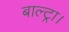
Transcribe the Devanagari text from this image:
बाल्ट्रा।